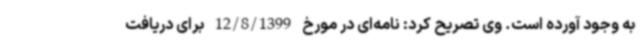
به وجود آورده است. وی تصریح کرد: نامه‌ای در مورخ 12/8/1399 برای دریافت